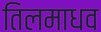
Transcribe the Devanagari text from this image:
तिलमाधव